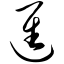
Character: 进